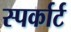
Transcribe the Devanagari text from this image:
स्पर्कार्ट